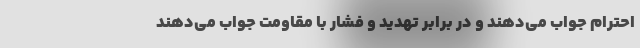
احترام جواب می‌دهند و در برابر تهدید و فشار با مقاومت جواب می‌دهند